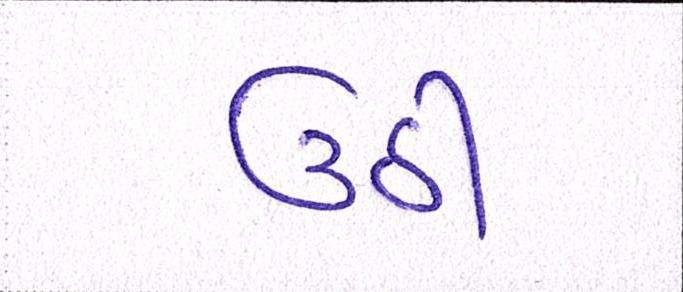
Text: ઉઠી